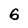
Character: 6